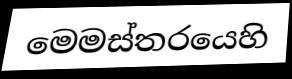
මෙමස්තරයෙහි